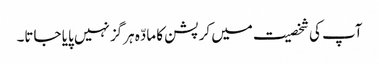
آپ کی شخصیت میں کرپشن کا مادّہ ہرگز نہیں پایا جاتا۔